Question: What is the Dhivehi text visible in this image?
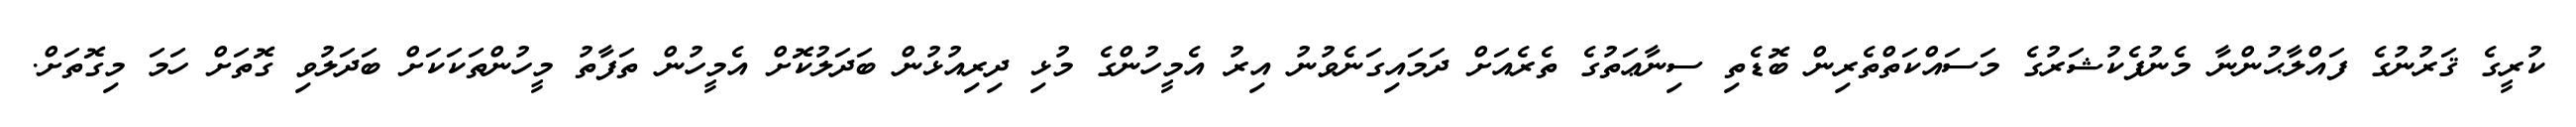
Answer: ކުރީގެ ޤަރުނުގެ ފައްލާޙުންނާ މެނުފެކުޝަރުގެ މަސައްކަތްތެރިން ބޮޑެތި ސިނާޢަތުގެ ތެރެއަށް ދަމައިގަނެވުނު އިރު އެމީހުންގެ މުޅި ދިރިއުޅުން ބަދަލުކޮށް އެމީހުން ތަފާތު މީހުންތަކަކަށް ބަދަލުވި ގޮތަށް ހަމަ މިގޮތަށް.